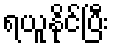
ရယူနိုင်ပြီး